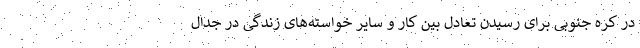
در کره جنوبی برای رسیدن تعادل بین کار و سایر خواسته‌های زندگی در جدال